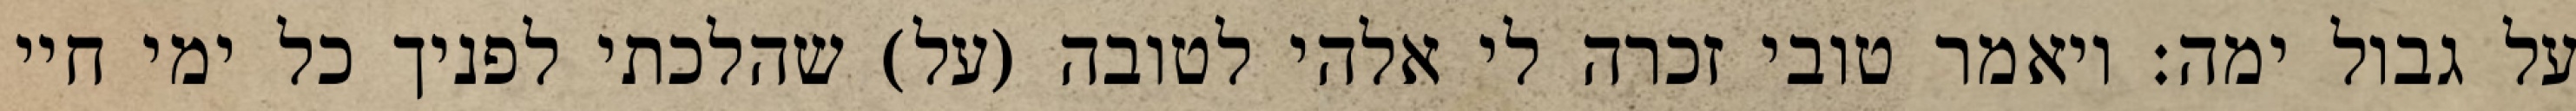
על גבול ימה: ויאמר טובי זכרה לי אלהי לטובה (על) שהלכתי לפניך כל ימי חיי